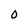
Character: O